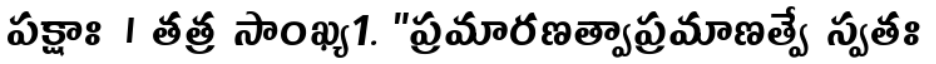
పక్షాః । తత్ర సాంఖ్య1. "ప్రమారణత్వాప్రమాణత్వే స్వతః